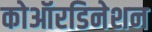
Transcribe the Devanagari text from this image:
कोऑरडिनेशन